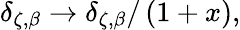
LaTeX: \delta_{\zeta,\beta}\rightarrow\delta_{\zeta,\beta}/\left(1+x\right),